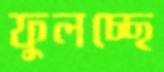
ফুলচ্ছে